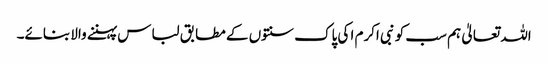
اللہ تعالیٰ ہم سب کو نبی اکرم ا کی پاک سنتوں کے مطابق لباس پہننے والا بنائے۔